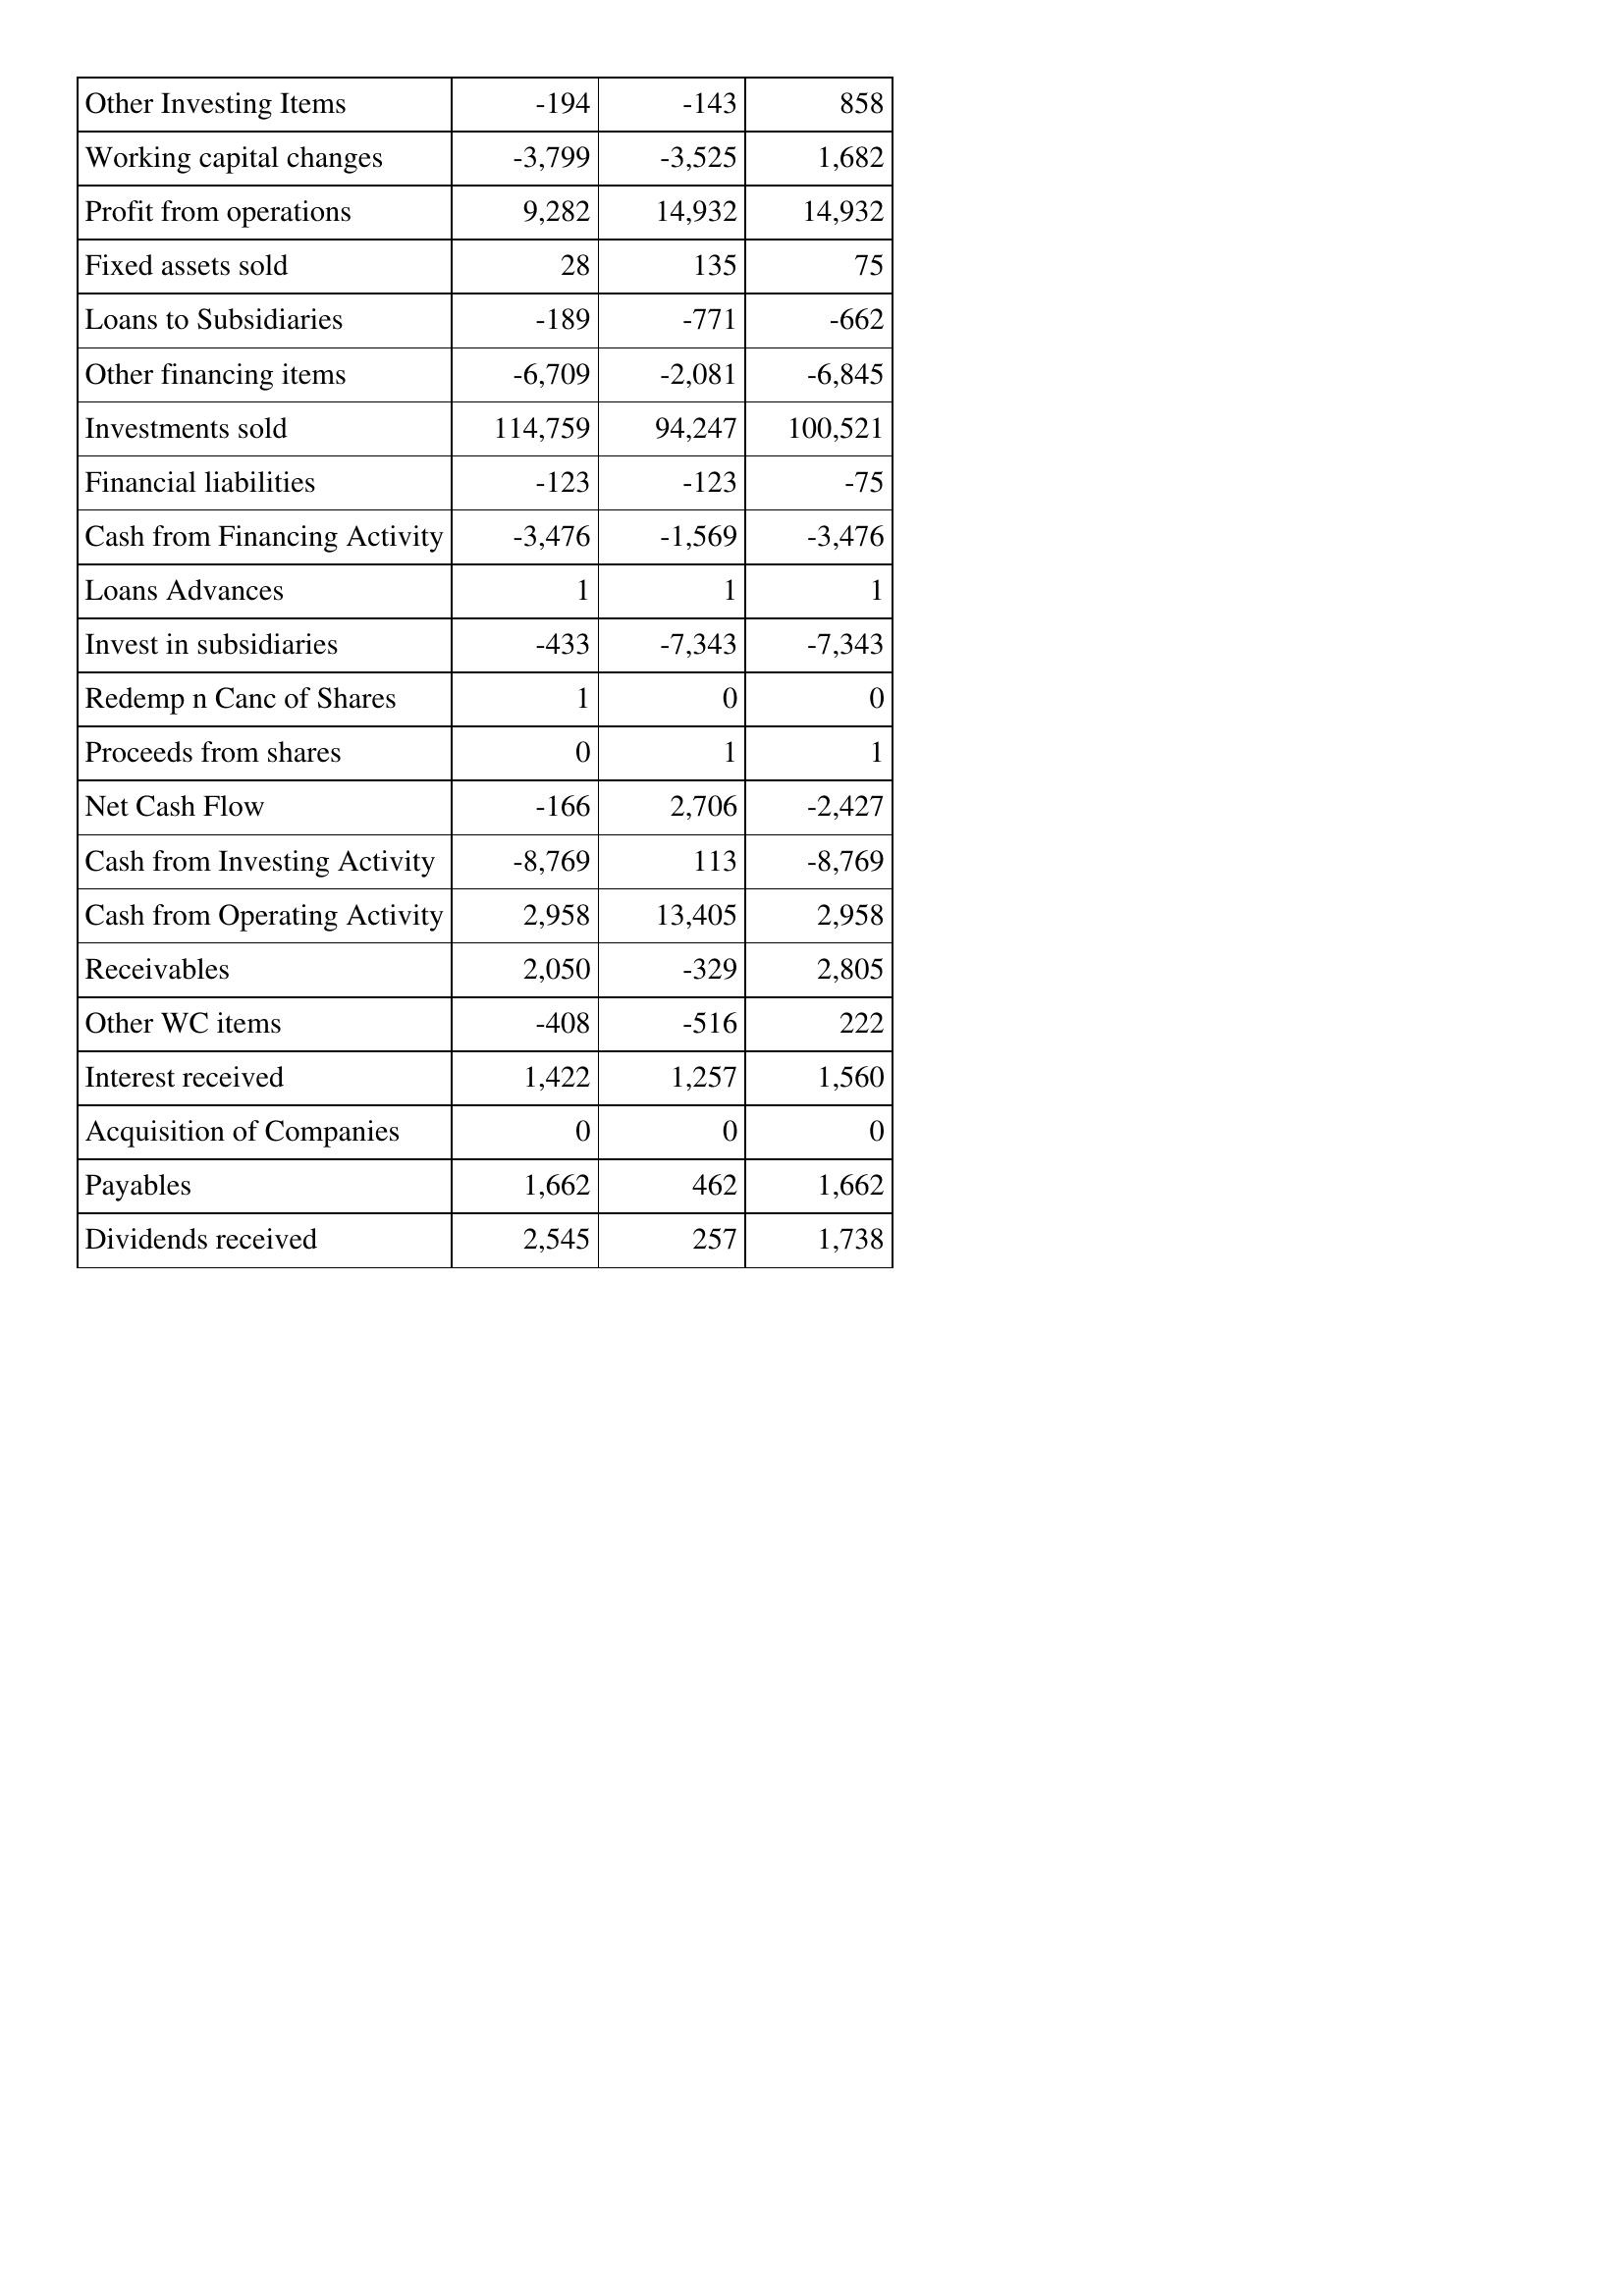
Feb-17: Cash Flows: Other Investing Items: -194
Working capital changes: -3,799
Profit from operations: 9,282
Fixed assets sold: 28
Loans to Subsidiaries: -189
Other financing items: -6,709
Investments sold: 114,759
Financial liabilities: -123
Cash from Financing Activity: -3,476
Loans Advances: 1
Invest in subsidiaries: -433
Redemp n Canc of Shares: 1
Proceeds from shares: 0
Net Cash Flow: -166
Cash from Investing Activity: -8,769
Cash from Operating Activity: 2,958
Receivables: 2,050
Other WC items: -408
Interest received: 1,422
Acquisition of Companies: 0
Payables: 1,662
Dividends received: 2,545
Feb-16: Cash Flows: Other Investing Items: -143
Working capital changes: -3,525
Profit from operations: 14,932
Fixed assets sold: 135
Loans to Subsidiaries: -771
Other financing items: -2,081
Investments sold: 94,247
Financial liabilities: -123
Cash from Financing Activity: -1,569
Loans Advances: 1
Invest in subsidiaries: -7,343
Redemp n Canc of Shares: 0
Proceeds from shares: 1
Net Cash Flow: 2,706
Cash from Investing Activity: 113
Cash from Operating Activity: 13,405
Receivables: -329
Other WC items: -516
Interest received: 1,257
Acquisition of Companies: 0
Payables: 462
Dividends received: 257
Feb-15: Cash Flows: Other Investing Items: 858
Working capital changes: 1,682
Profit from operations: 14,932
Fixed assets sold: 75
Loans to Subsidiaries: -662
Other financing items: -6,845
Investments sold: 100,521
Financial liabilities: -75
Cash from Financing Activity: -3,476
Loans Advances: 1
Invest in subsidiaries: -7,343
Redemp n Canc of Shares: 0
Proceeds from shares: 1
Net Cash Flow: -2,427
Cash from Investing Activity: -8,769
Cash from Operating Activity: 2,958
Receivables: 2,805
Other WC items: 222
Interest received: 1,560
Acquisition of Companies: 0
Payables: 1,662
Dividends received: 1,738